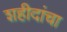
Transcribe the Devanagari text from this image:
शहीदांचा